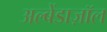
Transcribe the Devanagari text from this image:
अल्बेंडाज़ॉल